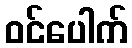
ဝင်ပေါက်